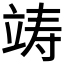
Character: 𮵧